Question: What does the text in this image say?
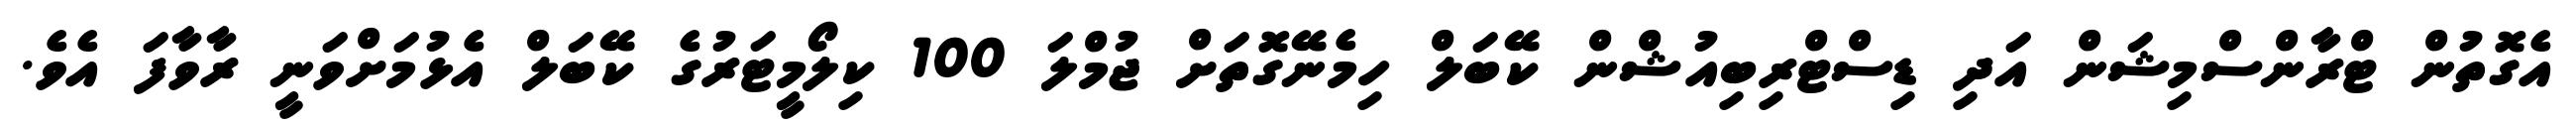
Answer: އެގޮތުން ޓްރާންސްމިޝަން އަދި ޑިސްޓްރިބިއުޝްން ކޭބަލް ހިމެނޭގޮތަށް ޖުމްލަ 100 ކިލޯމީޓަރުގެ ކޭބަލް އެޅުމަށްވަނީ ރާވާފަ އެވެ.